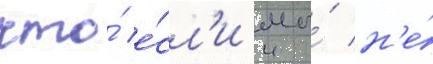
что́ е́сл'и мы́ н'е́